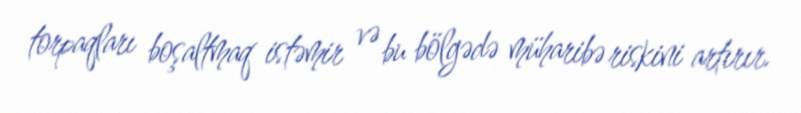
torpaqları boşaltmaq istəmir və bu bölgədə müharibə riskini artırır.